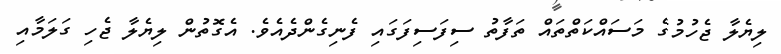
ލިޔެލާ ޖެހުމުގެ މަސައްކަތްތައް ތަފާތު ސިފަސިފަގައި ފެނިގެންދެއެވެ. އެގޮތުން ލިޔެލާ ޖެހި ގަލަމާއި